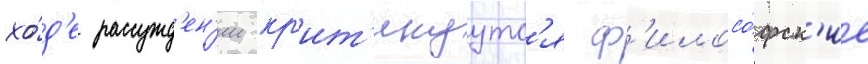
хо́д'е рассужд'ен'ии кр'ит'икуутс'я ф'илосо́фск'ие